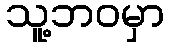
သူ့ဘဝမှာ